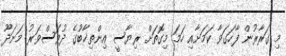
މި ގަރާރުން ފާހަގަވާ ކަމަށާއި ހަމަ މިގޮތަށް ރިޔާސީ އިންތިޚާބުގެ ދުވަސްވަރު މަނަދޫ